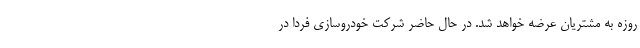
روزه به مشتریان عرضه خواهد شد. در حال حاضر شرکت خودروسازی فردا در